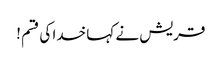
قریش نے کہا خدا کی قسم !